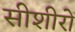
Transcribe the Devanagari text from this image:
सीशीरो